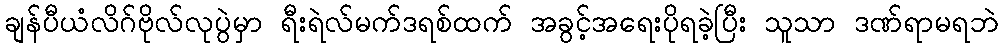
ချန်ပီယံလိဂ်ဗိုလ်လုပွဲမှာ ရီးရဲလ်မက်ဒရစ်ထက် အခွင့်အရေးပိုရခဲ့ပြီး သူသာ ဒဏ်ရာမရဘဲ